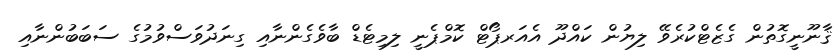
ޤާނޫނީގޮތުން ގެޒެޓްކުރެވޭ ލިޔުން ކައްދޫ އެއަރޕޯޓް ކޮމްޕެނީ ލިމިޓެޑް ބާވެގެންނާއި ގިނަދުވަސްވުމުގެ ސަބަބުންނާއި